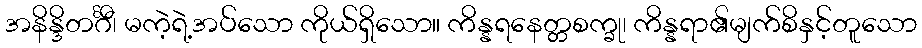
အနိန္ဒိတင်္ဂီ၊ မကဲ့ရဲ့အပ်သော ကိုယ်ရှိသော။ ကိန္နရနေတ္တစက္ခု၊ ကိန္နရာ၏မျက်စိနှင့်တူသော